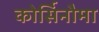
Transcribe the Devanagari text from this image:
कोर्सिनौमा